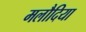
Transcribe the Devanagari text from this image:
मलौदिया